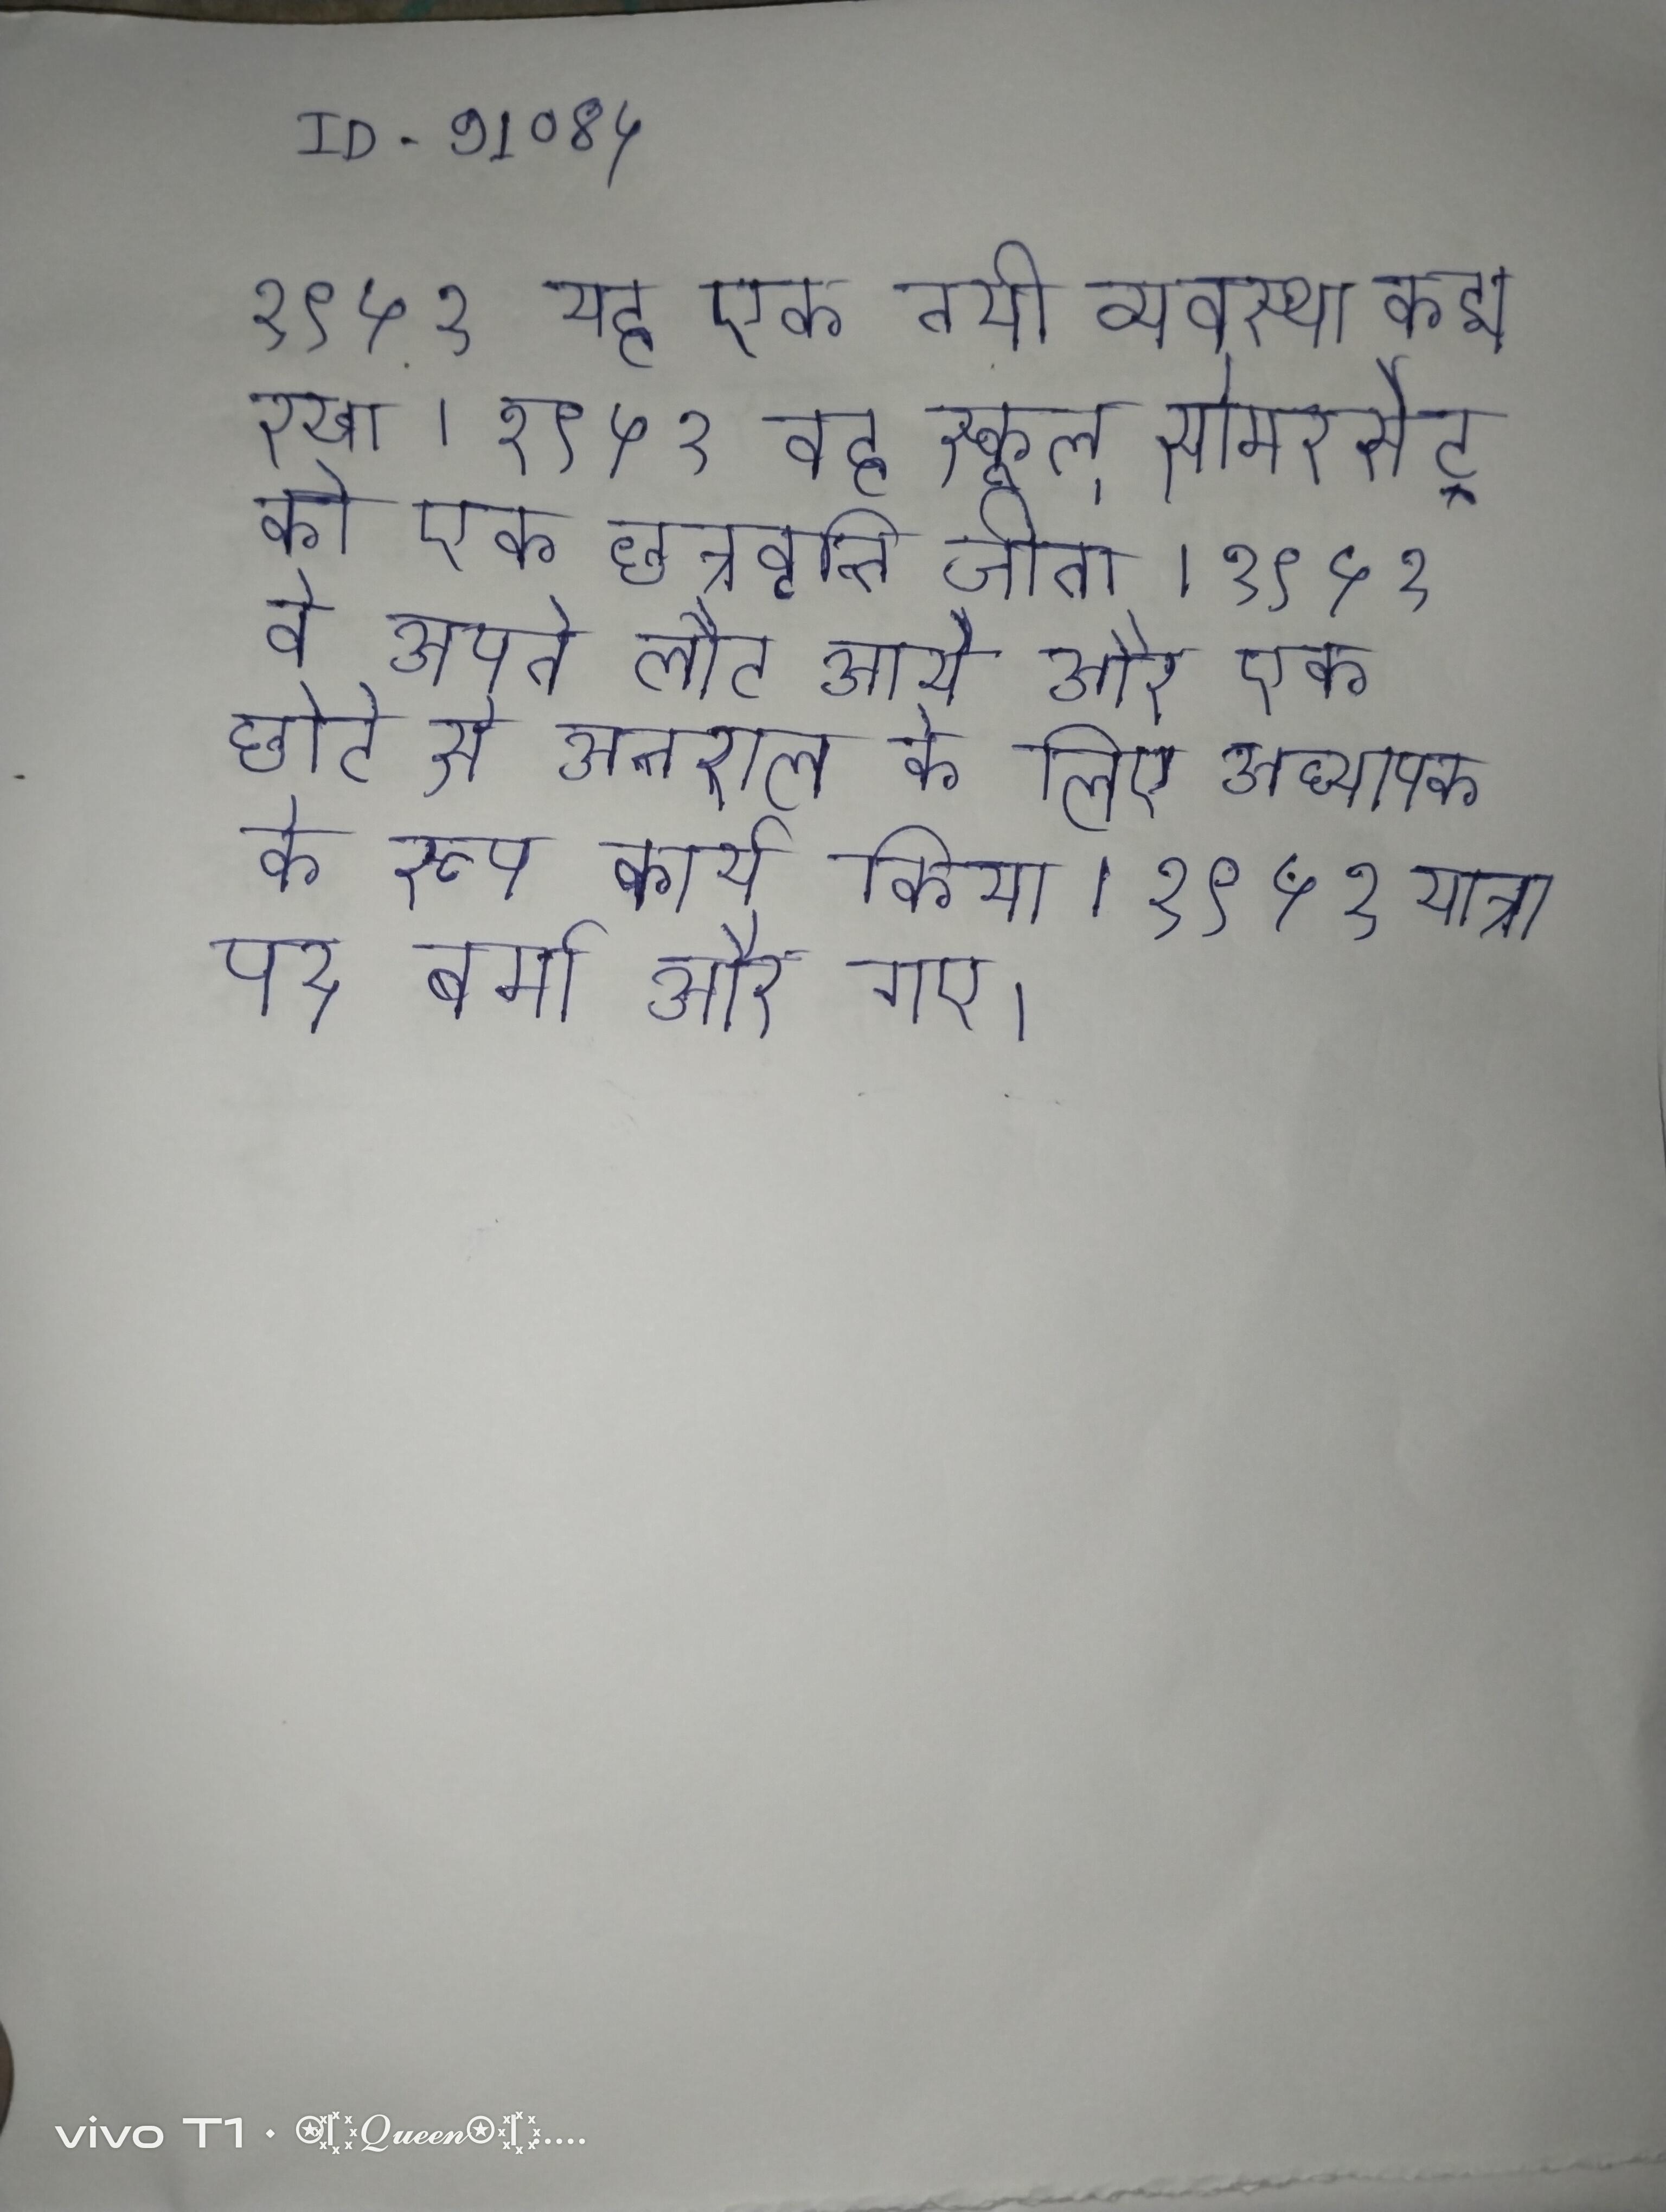
१९५१ यह एक नयी व्यवस्था कद्म रखा । १९५१ वह स्कूल् सोमरसेट् को एक छात्रवृत्ति जीता । १९५१ वे अपने लौट आये और एक छोटे से अन्तराल के लिए अध्यापक के रूप कार्य किया । १९५१ यात्रा पर बर्मा, और गए ।